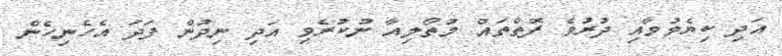
އަދި ކިޔެވުމާއި ދުރުވެ ފޮތްތައް މުތޯލިއާ ނުކުރެވި އަދި ނިދުން ފަދަ އެހެނިހެން